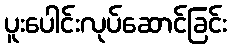
ပူးပေါင်းလုပ်ဆောင်ခြင်း